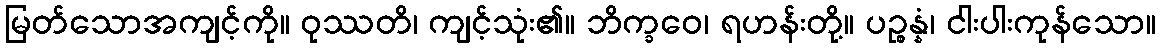
မြတ်သောအကျင့်ကို။ ဝုဿတိ၊ ကျင့်သုံး၏။ ဘိက္ခဝေ၊ ရဟန်းတို့။ ပဉ္စန္နံ၊ ငါးပါးကုန်သော။